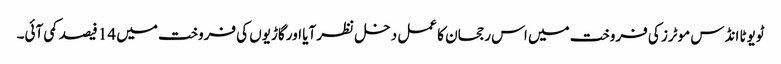
ٹویوٹا انڈس موٹرز کی فروخت میں اس رجحان کا عمل دخل نظر آیا اور گاڑیوں کی فروخت میں 14 فیصد کمی آئی۔